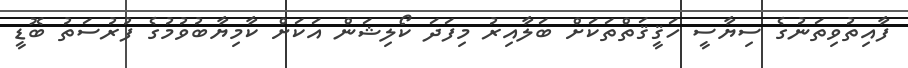
ފާއިތުވިތަނުގެ ސިޔާސީ ހަޤީޤަތްތަކަށް ބަލާއިރު މިފަދަ ކޯލިޝަން އަކަށް ކާމިޔާބުވުމުގެ ފުރުސަތު ބޮޑީ